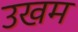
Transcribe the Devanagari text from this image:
उखम